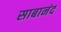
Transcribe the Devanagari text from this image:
साबानंद